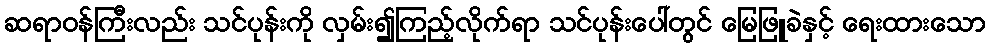
ဆရာဝန်ကြီးလည်း သင်ပုန်းကို လှမ်း၍ကြည့်လိုက်ရာ သင်ပုန်းပေါ်တွင် မြေဖြူခဲနှင့် ရေးထားသော